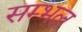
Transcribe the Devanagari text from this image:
सम्‍भल